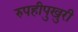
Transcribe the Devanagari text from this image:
रुपहीपुखुरी